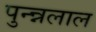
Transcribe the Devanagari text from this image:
पुन्न्नलाल